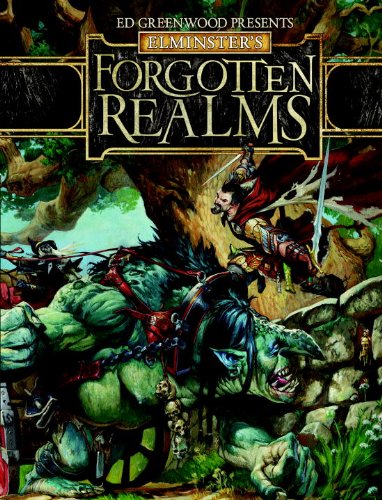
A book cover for Ed Greenwood Presents Elminster's Forgotten Realms: A Dungeons & Dragons Supplement; Wizards RPG Team; Science Fiction & Fantasy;